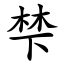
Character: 梺